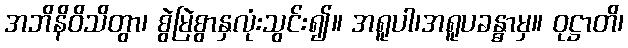
အဘိနိဝိသိတွာ၊ စွဲမြဲစွာနှလုံးသွင်း၍။ အရူပါ၊အရူပခန္ဓာမှ။ ဝုဋ္ဌာတိ၊